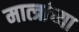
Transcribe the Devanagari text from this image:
मात्त्रांच्या